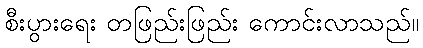
စီးပွားရေး တဖြည်းဖြည်း ကောင်းလာသည်။